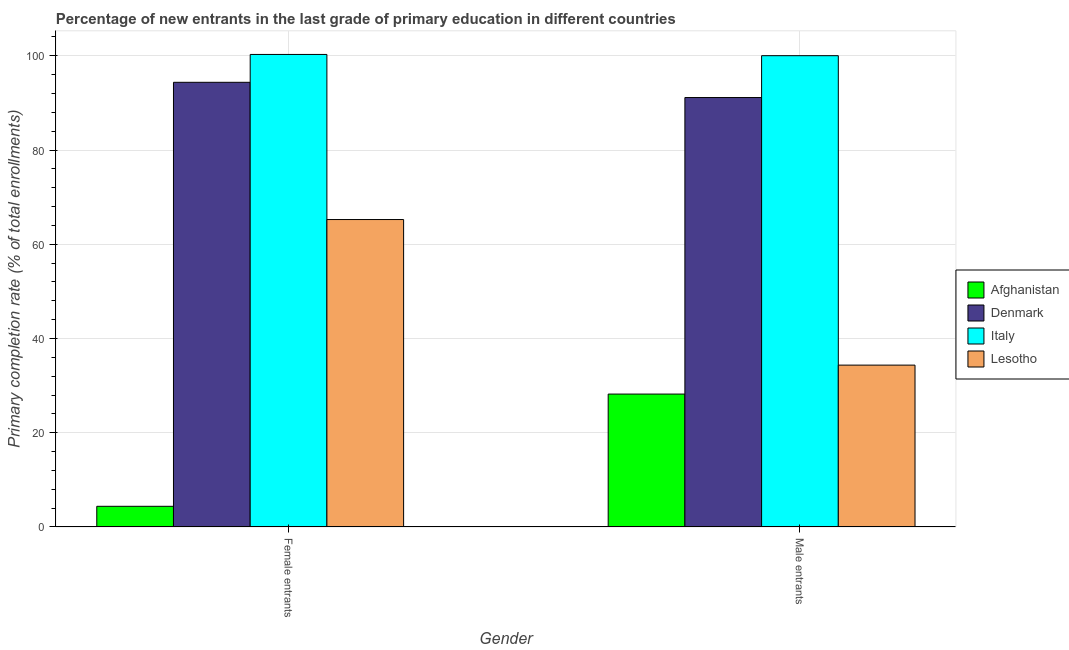
| Gender | Afghanistan | Denmark | Italy | Lesotho |
 | --- | --- | --- | --- | --- |
 | Female entrants | 4.39 | 94.4 | 100 | 65.2 |
 | Male entrants | 28.2 | 91.1 | 100 | 34.4 |